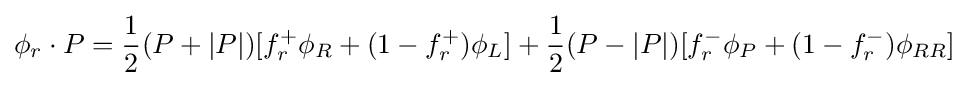
\phi _{r}\cdot P={\frac {1}{2}}(P+|P|)[f_{r}^{+}\phi _{R}+(1-f_{r}^{+})\phi _{L}]+{\frac {1}{2}}(P-|P|)[f_{r}^{-}\phi _{P}+(1-f_{r}^{-})\phi _{RR}]